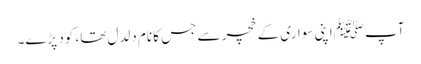
آپ ﷺاپنی سواری کے خچر سے جس کا نام دلدل تھا، کود پڑے۔